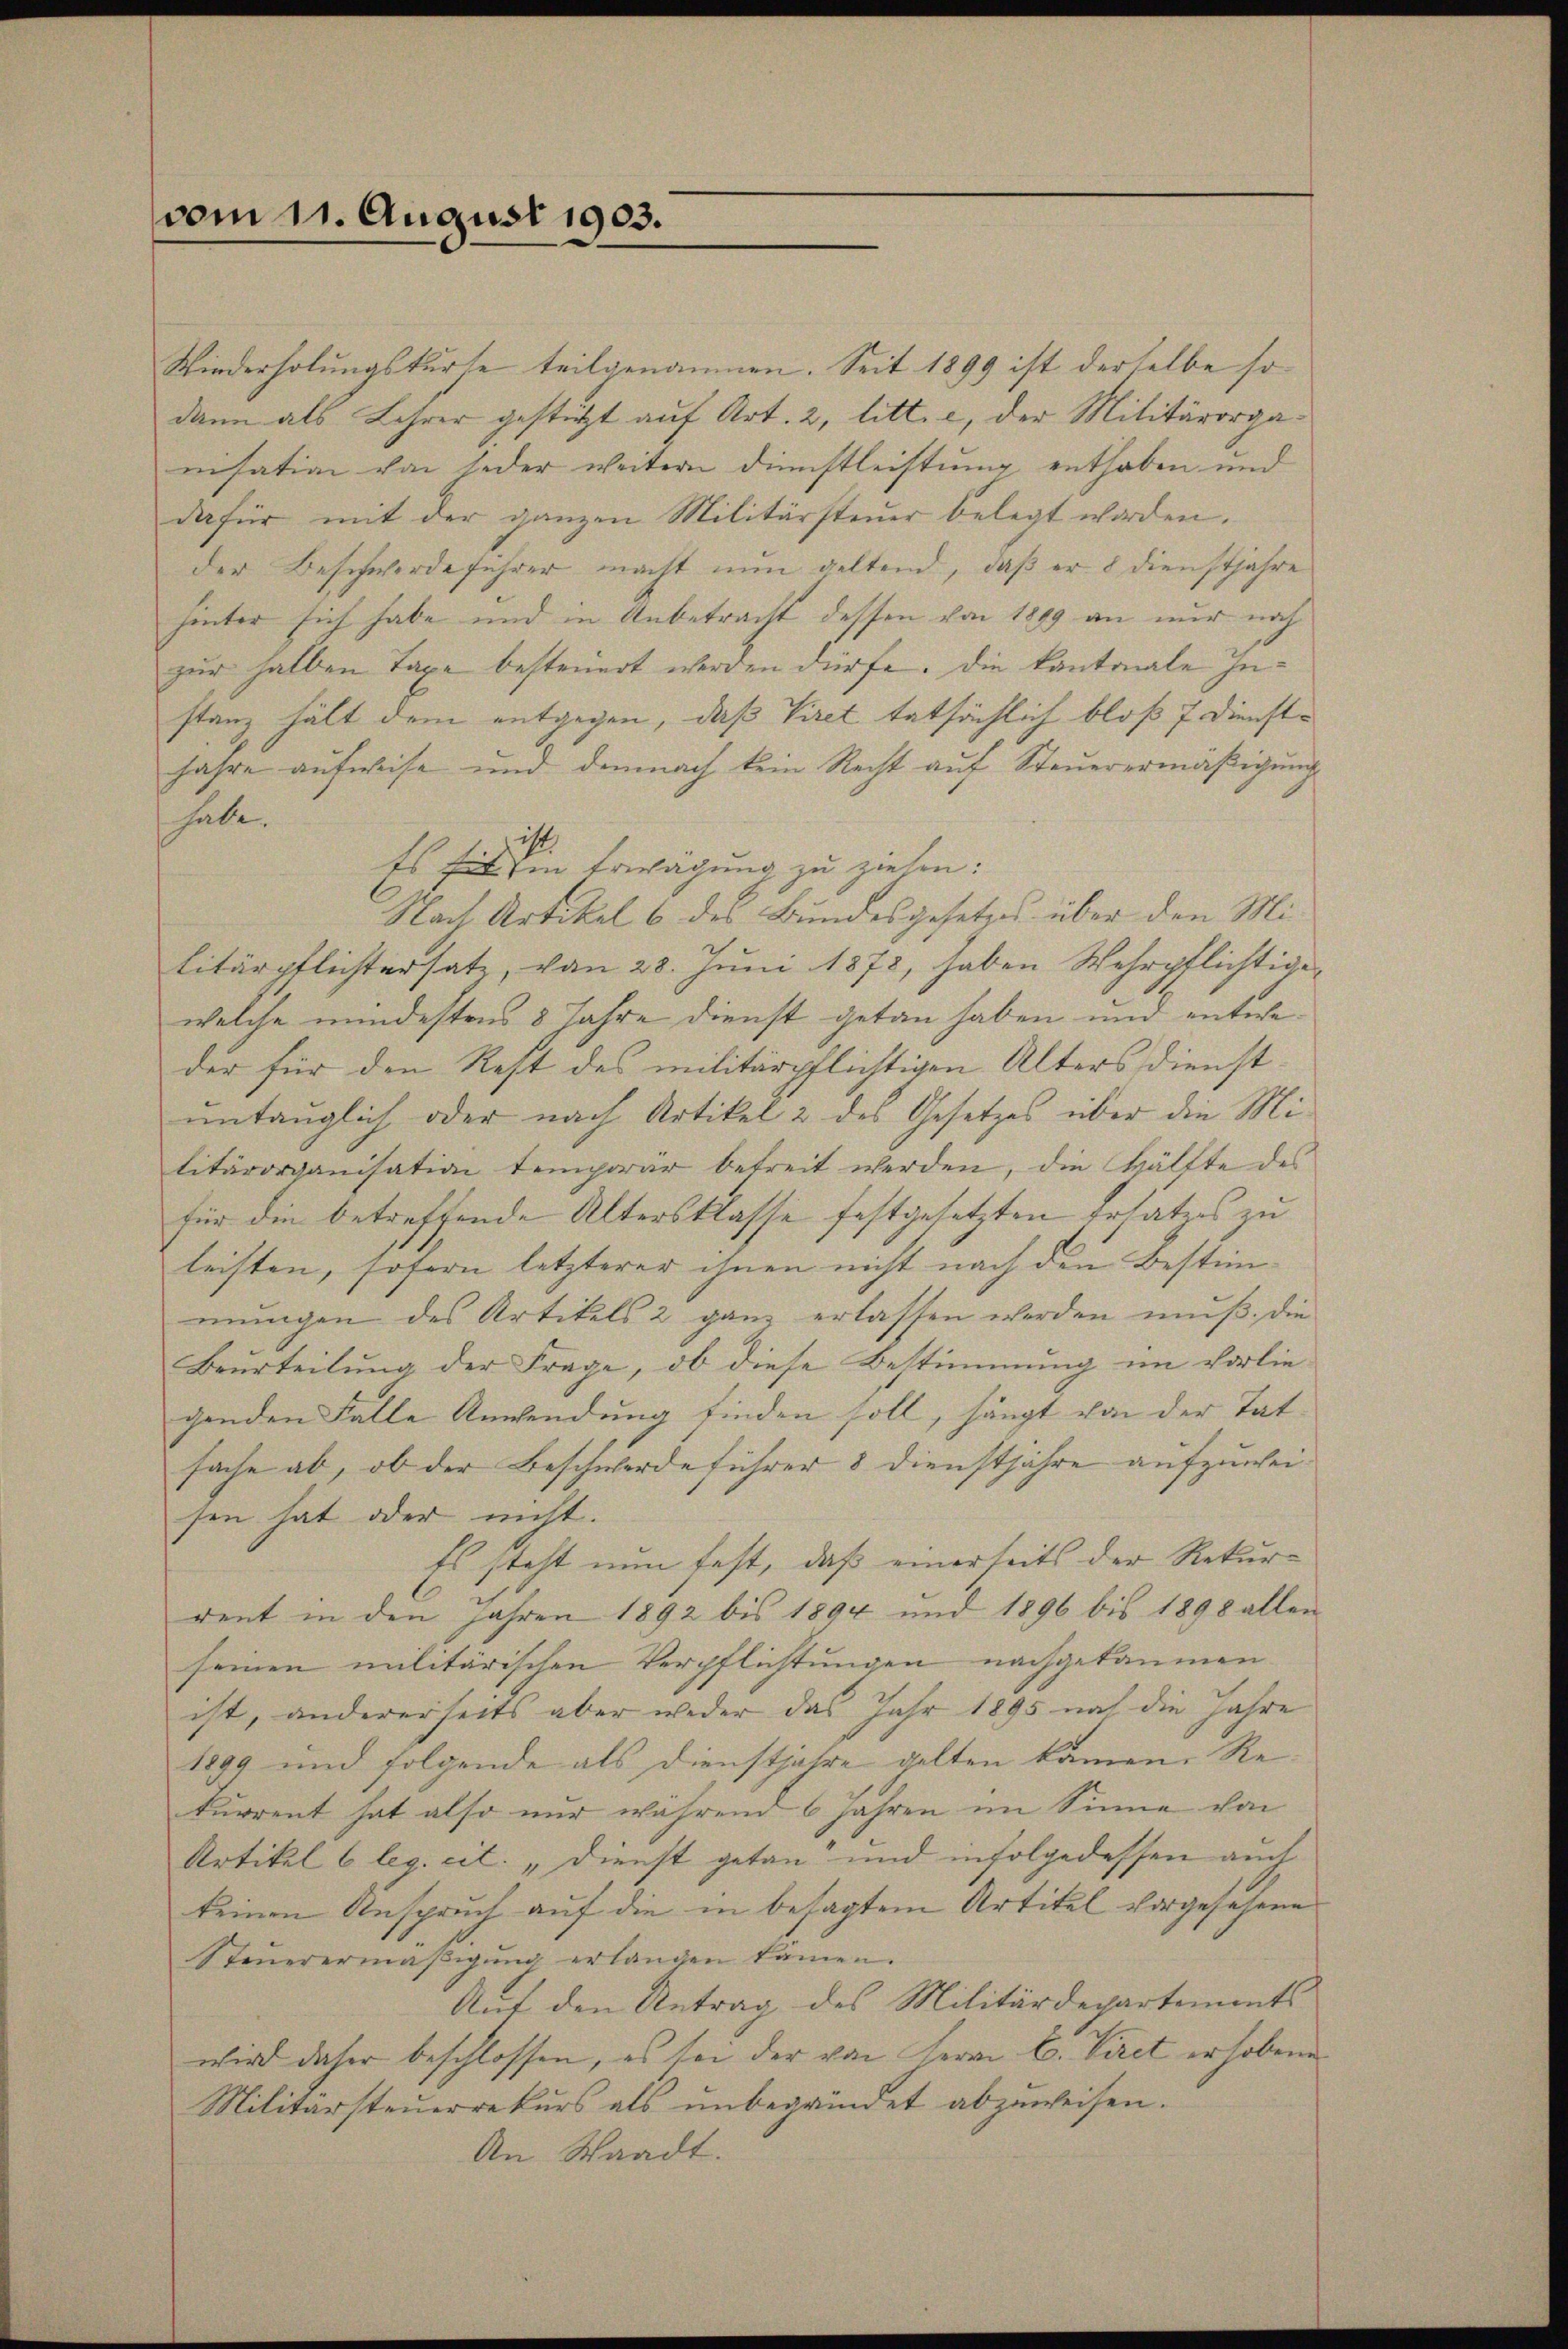
vom 11. August 1903.

Wiederholungsturte teilgenommen. Seit 1899 ist derselbe so
dann als Lehrer gestützt auf Art. 2, litt. e, der Militärorganisation von jeder weitern Dienstleistung enthoben und
dafür mit der ganzen Militärsteuer belegt worden.
der Beschwerdeführer macht nun geltend, daß er 8 Dienstjahre
hinter sich habe und in Anbetracht dessen von 1899 an nur noch
zur halben Taxe besteuert werden dürfe. Die kantonale Instanz hält dem entgegen, daß Viret tatsächlich bloß 7. Dienst¬
Jahre aufweise und demnach kein Recht auf Steuerermäßigung
habe.
Es sein Erwägung zu ziehen.
Nach Artikel 6 des Bundesgesetzes über den Militärpflichtersatz, von 28. Juni 1873, haben Wehrpflichtige
welche mindestens 8 Jahre dienst getan haben und entweder für den Rest des militärpflichtigen Alters dienstuntauglich oder nach Artikel 2 des Gesetzes über die Militärorganisation temporär betreit werden, die Hälfte des
für die betreffende Altersklasse festgesetzten Erlaters zu
leisten, sofern letzterer ihnen nicht nach den Bestimmungen des Artikels 2 ganz erlassen werden muß. Die
Beurteilung der Frage, ob diese Bestimmung im vorlie-
genden Falle Anwendung finden soll, hängt von der Tat-
sache ab, ob der Beschwerdeführer 8 Dienstjahre aufzuweisen hat oder nicht.
Es steht nun fest, daß einerseits der Rekurdent in den Jahren 1892 bis 1894 und 1896 bis 1898 allen
seinen militärischen Verpflichtungen nachgekommen
ist, andererseits aber weder das Jahr 1895 noch die Jahre
1899 und folgende als Dienstjahre gelten kamen. Re
kurrent hat also nur während 6 Jahren im Sinne von
Artikel 6 leg. cit. „Dienst getan und infolgedessen auch
keinen Anspruch auf die in besagtem Artitel vorgesehene
Steuerermäβigŭng erlangen kämen.
Mit den Antrag des Militärdepartements
wird daher beschlossen, es sei der von Herrn C. Piret erhobene
Militärsteuerrekurs als unbegründet abzuweisen.
An Waadt.